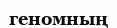
геномның